Annual report on the Civil Veterinary Department, Burma (including the Insein Veterinary School) - 1932-1941
Year: 1932
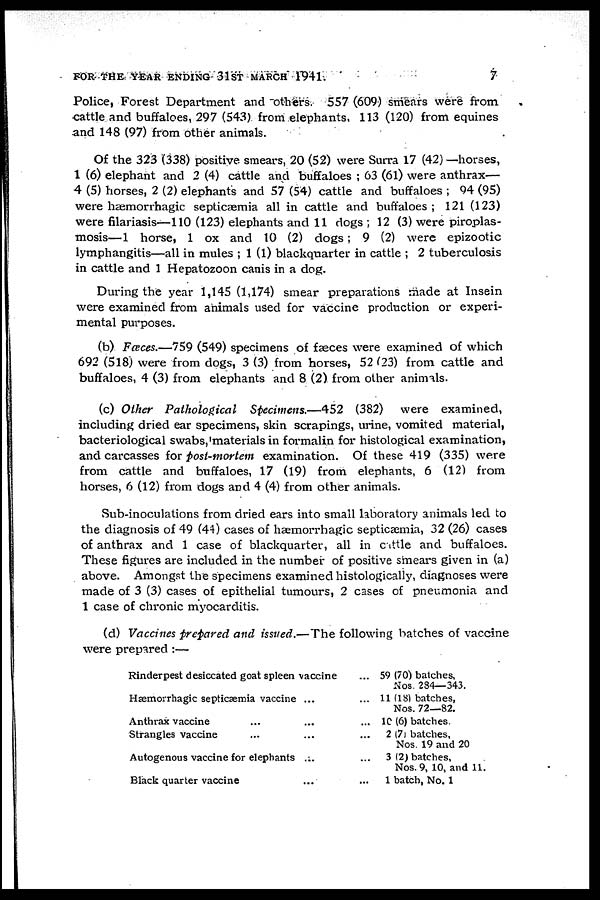
FOR THE YEAR ENDING 31ST MARCH 1941.
7
Police, Forest Department and others. 557 (609) smears were from
cattle and buffaloes, 297 (543) from elephants, 113 (120) from equines
and 148 (97) from other animals.
Of the 323 (338) positive smears, 20 (52) were Surra 17 (42) —horses,
1 (6) elephant and 2 (4) cattle and buffaloes ; 63 (61) were anthrax—
4 (5) horses, 2 (2) elephants and 57 (54) cattle and buffaloes ; 94 (95)
were hæmorrhagic septicæmia all in cattle and buffaloes ; 121 (123)
were filariasis—110 (123) elephants and 11 dogs ; 12 (3) were piroplas-
mosis—1 horse, 1 ox and 10 (2) dogs; 9 (2) were epizootic
lymphangitis—all in mules ; 1 (1) blackquarter in cattle ; 2 tuberculosis
in cattle and 1 Hepatozoon canis in a dog.
During the year 1,145 (1,174) smear preparations made at Insein
were examined from animals used for vaccine production or experi-
mental purposes.
(b) Fæces.—759 (549) specimens of faeces were examined of which
692 (518) were from dogs, 3 (3) from horses, 52 (23) from cattle and
buffaloes, 4 (3) from elephants and 8 (2) from other animals.
(c) Other Pathological Specimens.—452 (382) were examined,
including dried ear specimens, skin scrapings, urine, vomited material,
bacteriological swabs, materials in formalin for histological examination,
and carcasses for Post-mortem examination. Of these 419 (335) were
from cattle and buffaloes, 17 (19) from elephants, 6 (12) from
horses, 6 (12) from dogs and 4 (4) from other animals.
Sub-inoculations from dried ears into small laboratory animals led to
the diagnosis of 49 (44) cases of hæmorrhagic septicæmia, 32 (26) cases
of anthrax and 1 case of blackquarter, all in cattle and buffaloes.
These figures are included in the number of positive smears given in (a)
above. Amongst the specimens examined histologically, diagnoses were
made of 3 (3) cases of epithelial tumours, 2 cases of pneumonia and
1 case of chronic myocarditis.
(d) Vaccines prepared and issued.—The following batches of vaccine
were prepared :—
Rinderpest desiccated goat spleen vaccine
Hæmorrhagic septicæmia vaccine
Anthrax vaccine ...
Strangles vaccine ...
Autogenous vaccine for elephants
Black quarter vaccine
...
...
...
...
...
...
...
...
...
...
...
59 (70) batches,
Nos 284—343.
11 (18) batches,
Nos. 72—82.
10 (6) batches.
2 (7) batches,
Nos. 19 and 20
3 (2) batches,
Nos. 9, 10, and 11.
1 batch, No. 1